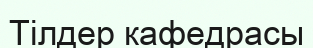
Тілдер кафедрасы